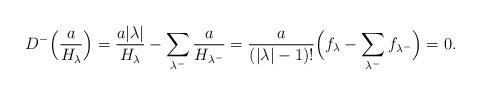
LaTeX: \begin{align*} D^-\Bigl(\frac{a}{H_\lambda}\Bigr)= \frac{a|\lambda|}{H_\lambda}- \sum_{\lambda^-}\frac{a}{H_{\lambda^-}}=\frac{a}{(|\lambda|-1)!}\Bigl(f_{\lambda}-\sum_{\lambda^-}f_{\lambda^-}\Bigr)= 0.\end{align*}